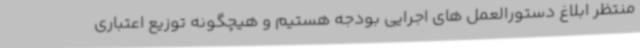
منتظر ابلاغ دستورالعمل های اجرایی بودجه هستیم و هیچگونه توزیع اعتباری